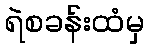
ရဲစခန်းထံမှ